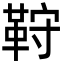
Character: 𩊦